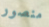
منصور